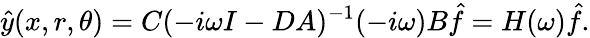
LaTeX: \hat{y}(x,r,\theta)=C(-i\omega I-DA)^{-1}(-i\omega)B\hat{f}=H(\omega)\hat{f}.